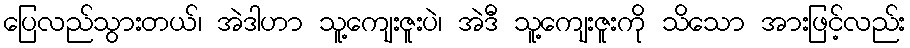
ပြေလည်သွားတယ်၊ အဲဒါဟာ သူ့ကျေးဇူးပဲ၊ အဲဒီ သူ့ကျေးဇူးကို သိသော အားဖြင့်လည်း